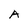
Character: A